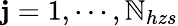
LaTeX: \mathbf{j}=1,\cdots,\mathbb{N}_{hzs}